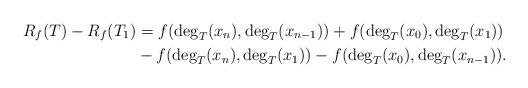
LaTeX: \begin{align*} R_f(T) - R_f(T_1) &= f(\deg_T(x_n) ,\deg_T(x_{n-1})) + f(\deg_T(x_0), \deg_T(x_1))\\ & - f(\deg_T(x_n), \deg_T(x_1)) - f(\deg_T(x_0), \deg_T(x_{n-1})) . \end{align*}